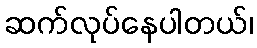
ဆက်လုပ်နေပါတယ်၊